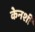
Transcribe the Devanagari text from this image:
केनशी